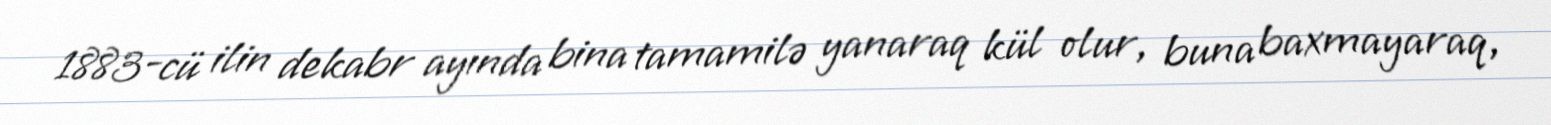
1883-cü ilin dekabr ayında bina tamamilə yanaraq kül olur, buna baxmayaraq,